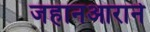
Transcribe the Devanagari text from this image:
जहानआराने